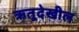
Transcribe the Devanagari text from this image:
ऋतूदेखील